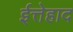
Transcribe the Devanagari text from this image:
ईत्तेहाद